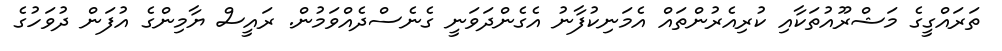
ތަރައްގީގެ މަޝްރޫއުތަކާއި ކުރިއެރުންތައް އެމަނިކުފާނު އެގެންދަވަނީ ގެނެސްދެއްވަމުން. ރައީސް ޔާމިންގެ އުފަން ދުވަހުގެ